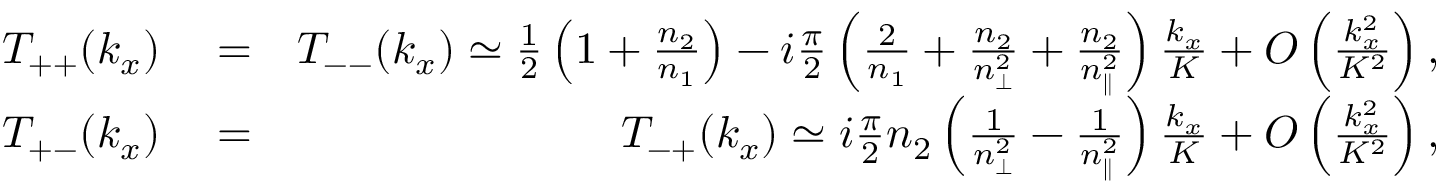
\begin{array} { r l r } { T _ { + + } ( k _ { x } ) } & { { } = } & { T _ { -- } ( k _ { x } ) \simeq \frac { 1 } { 2 } \left( 1 + \frac { n _ { 2 } } { n _ { 1 } } \right) - i \frac { \pi } { 2 } \left( \frac { 2 } { n _ { 1 } } + \frac { n _ { 2 } } { n _ { \perp } ^ { 2 } } + \frac { n _ { 2 } } { n _ { \parallel } ^ { 2 } } \right) \frac { k _ { x } } { K } + { \cal O } \left( \frac { k _ { x } ^ { 2 } } { K ^ { 2 } } \right) , } \\ { T _ { + - } ( k _ { x } ) } & { { } = } & { T _ { - + } ( k _ { x } ) \simeq i \frac { \pi } { 2 } n _ { 2 } \left( \frac { 1 } { n _ { \perp } ^ { 2 } } - \frac { 1 } { n _ { \parallel } ^ { 2 } } \right) \frac { k _ { x } } { K } + { \cal O } \left( \frac { k _ { x } ^ { 2 } } { K ^ { 2 } } \right) , } \end{array}